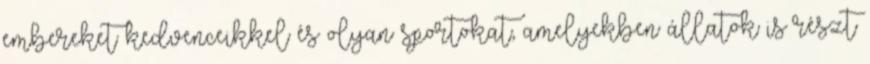
embereket kedvenceikkel és olyan sportokat, amelyekben állatok is részt